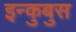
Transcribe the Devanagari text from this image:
इन्कुबुस